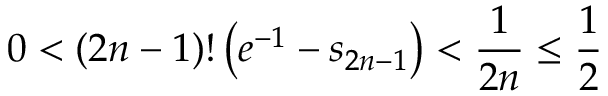
0 < ( 2 n - 1 ) ! \left( e ^ { - 1 } - s _ { 2 n - 1 } \right) < { \frac { 1 } { 2 n } } \leq { \frac { 1 } { 2 } }